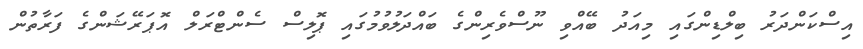
އިސްކަންދަރު ބިލްޑިންގައި މިއަދު ބޭއްވި ނޫސްވެރިންގެ ބައްދަލުވުމުގައި ޕޮލިސް ސެންޓްރަލް އޮޕަރޭޝަންގެ ފަރާތުން